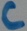
Text: C